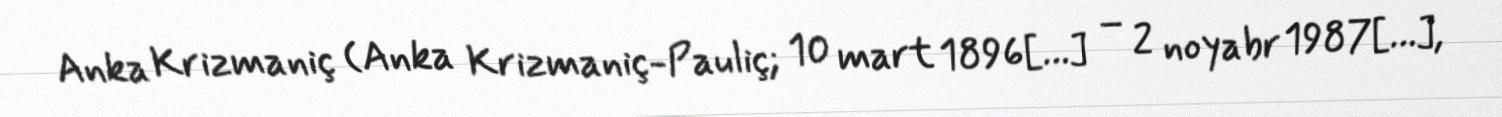
Anka Krizmaniç (Anka Krizmaniç-Pauliç; 10 mart 1896[…] – 2 noyabr 1987[…],